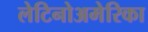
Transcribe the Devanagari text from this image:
लेटिनोअमेरिका